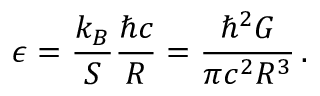
\epsilon = \frac { k _ { B } } { S } \frac { \hbar c } { R } = \frac { \hbar ^ { 2 } G } { \pi c ^ { 2 } R ^ { 3 } } \, .